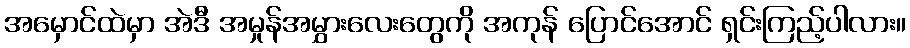
အမှောင်ထဲမှာ အဲဒီ အမှုန်အမွှားလေးတွေကို အကုန် ပြောင်အောင် ရှင်းကြည့်ပါလား။